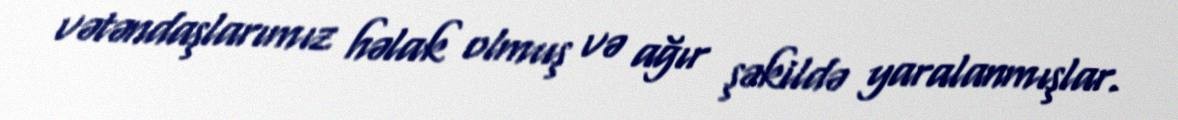
vətəndaşlarımız həlak olmuş və ağır şəkildə yaralanmışlar.